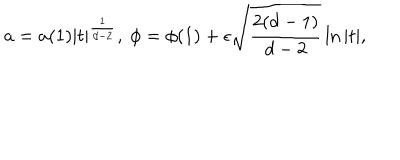
a = a ( 1 ) \vert t \vert ^ { \frac { 1 } { d - 2 } } , \ \phi = \phi ( 1 ) + \epsilon \sqrt { \frac { 2 ( d - 1 ) } { d - 2 } } \ln \vert t \vert ,